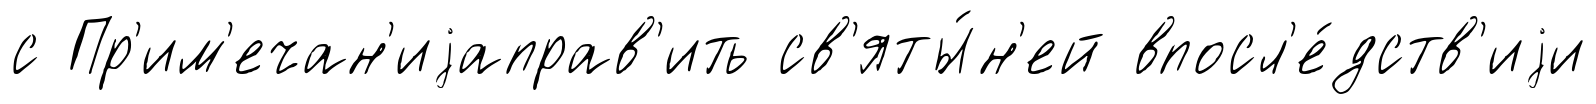
с Пр'им'ечан'иjаправ'ить св'яты́н'ей впосл'е́дств'иjи